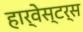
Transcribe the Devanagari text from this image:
हार्वेस्टर्स